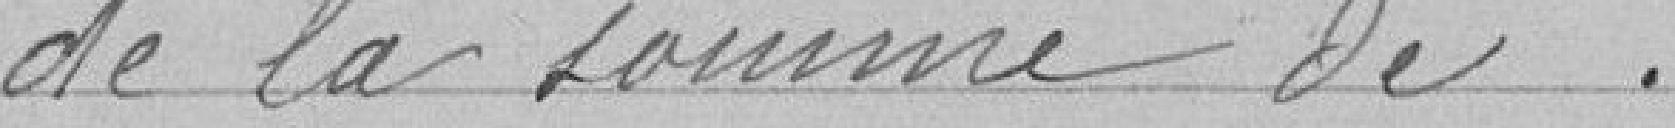
de la somme de . . . . . . . . . . . . . .                            660.104.50